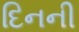
દિનની